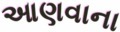
આણવાના